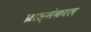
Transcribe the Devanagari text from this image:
ब्राह्मंकाल